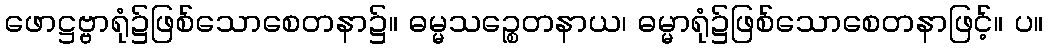
ဖောဋ္ဌဗ္ဗာရုံ၌ဖြစ်သောစေတနာ၌။ ဓမ္မသဉ္စေတနာယ၊ ဓမ္မာရုံ၌ဖြစ်သောစေတနာဖြင့်။ ပ။